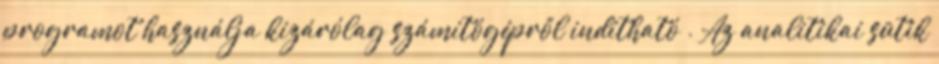
programot használja kizárólag számítógépről indítható . Az analitikai sütik